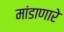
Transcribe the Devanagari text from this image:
मांडाणारे